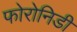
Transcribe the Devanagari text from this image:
फोरोनिडी